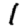
Digit: 1